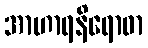
အာဟာရနိရောဓာ